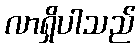
လာရှိပါသည်